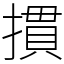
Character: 摜